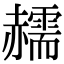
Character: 䞕